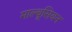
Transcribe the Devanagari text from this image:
माल्थूसियन